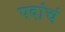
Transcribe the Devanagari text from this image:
पदांचं